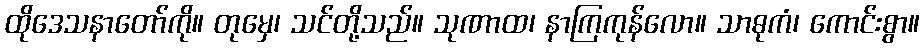
ထိုဒေသနာတော်ကို။ တုမှေ၊ သင်တို့သည်။ သုဏာထ၊ နာကြကုန်လော။ သာဓုကံ၊ ကောင်းစွာ။